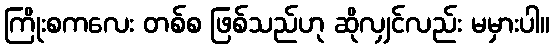
ကြိုးစကလေး တစ်စ ဖြစ်သည်ဟု ဆိုလျှင်လည်း မမှားပါ။